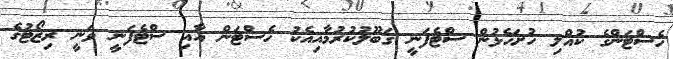
ހެސްޓަންގެ ކުއްލި ހުށަހެޅުން ސްޓެފަނީ ޤަބޫލުކުރުމާއިއެކު ހެސްޓަން އާއި ސްޓެފަނީ ވަނީ ރިޒޯޓުގެ